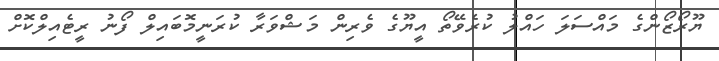
ޔޫރޯޒޯންގެ މައްސަލަ ހައްލު ކުރެވޭތޯ އީޔޫގެ ވެރިން މަޝްވަރާ ކުރަނީމޮބައިލް ފޯނު ރީޓެއިލްކޮށް